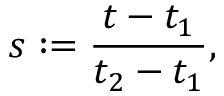
s : = \frac { t - t _ { 1 } } { t _ { 2 } - t _ { 1 } } ,